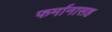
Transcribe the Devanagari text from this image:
फर्मानासह